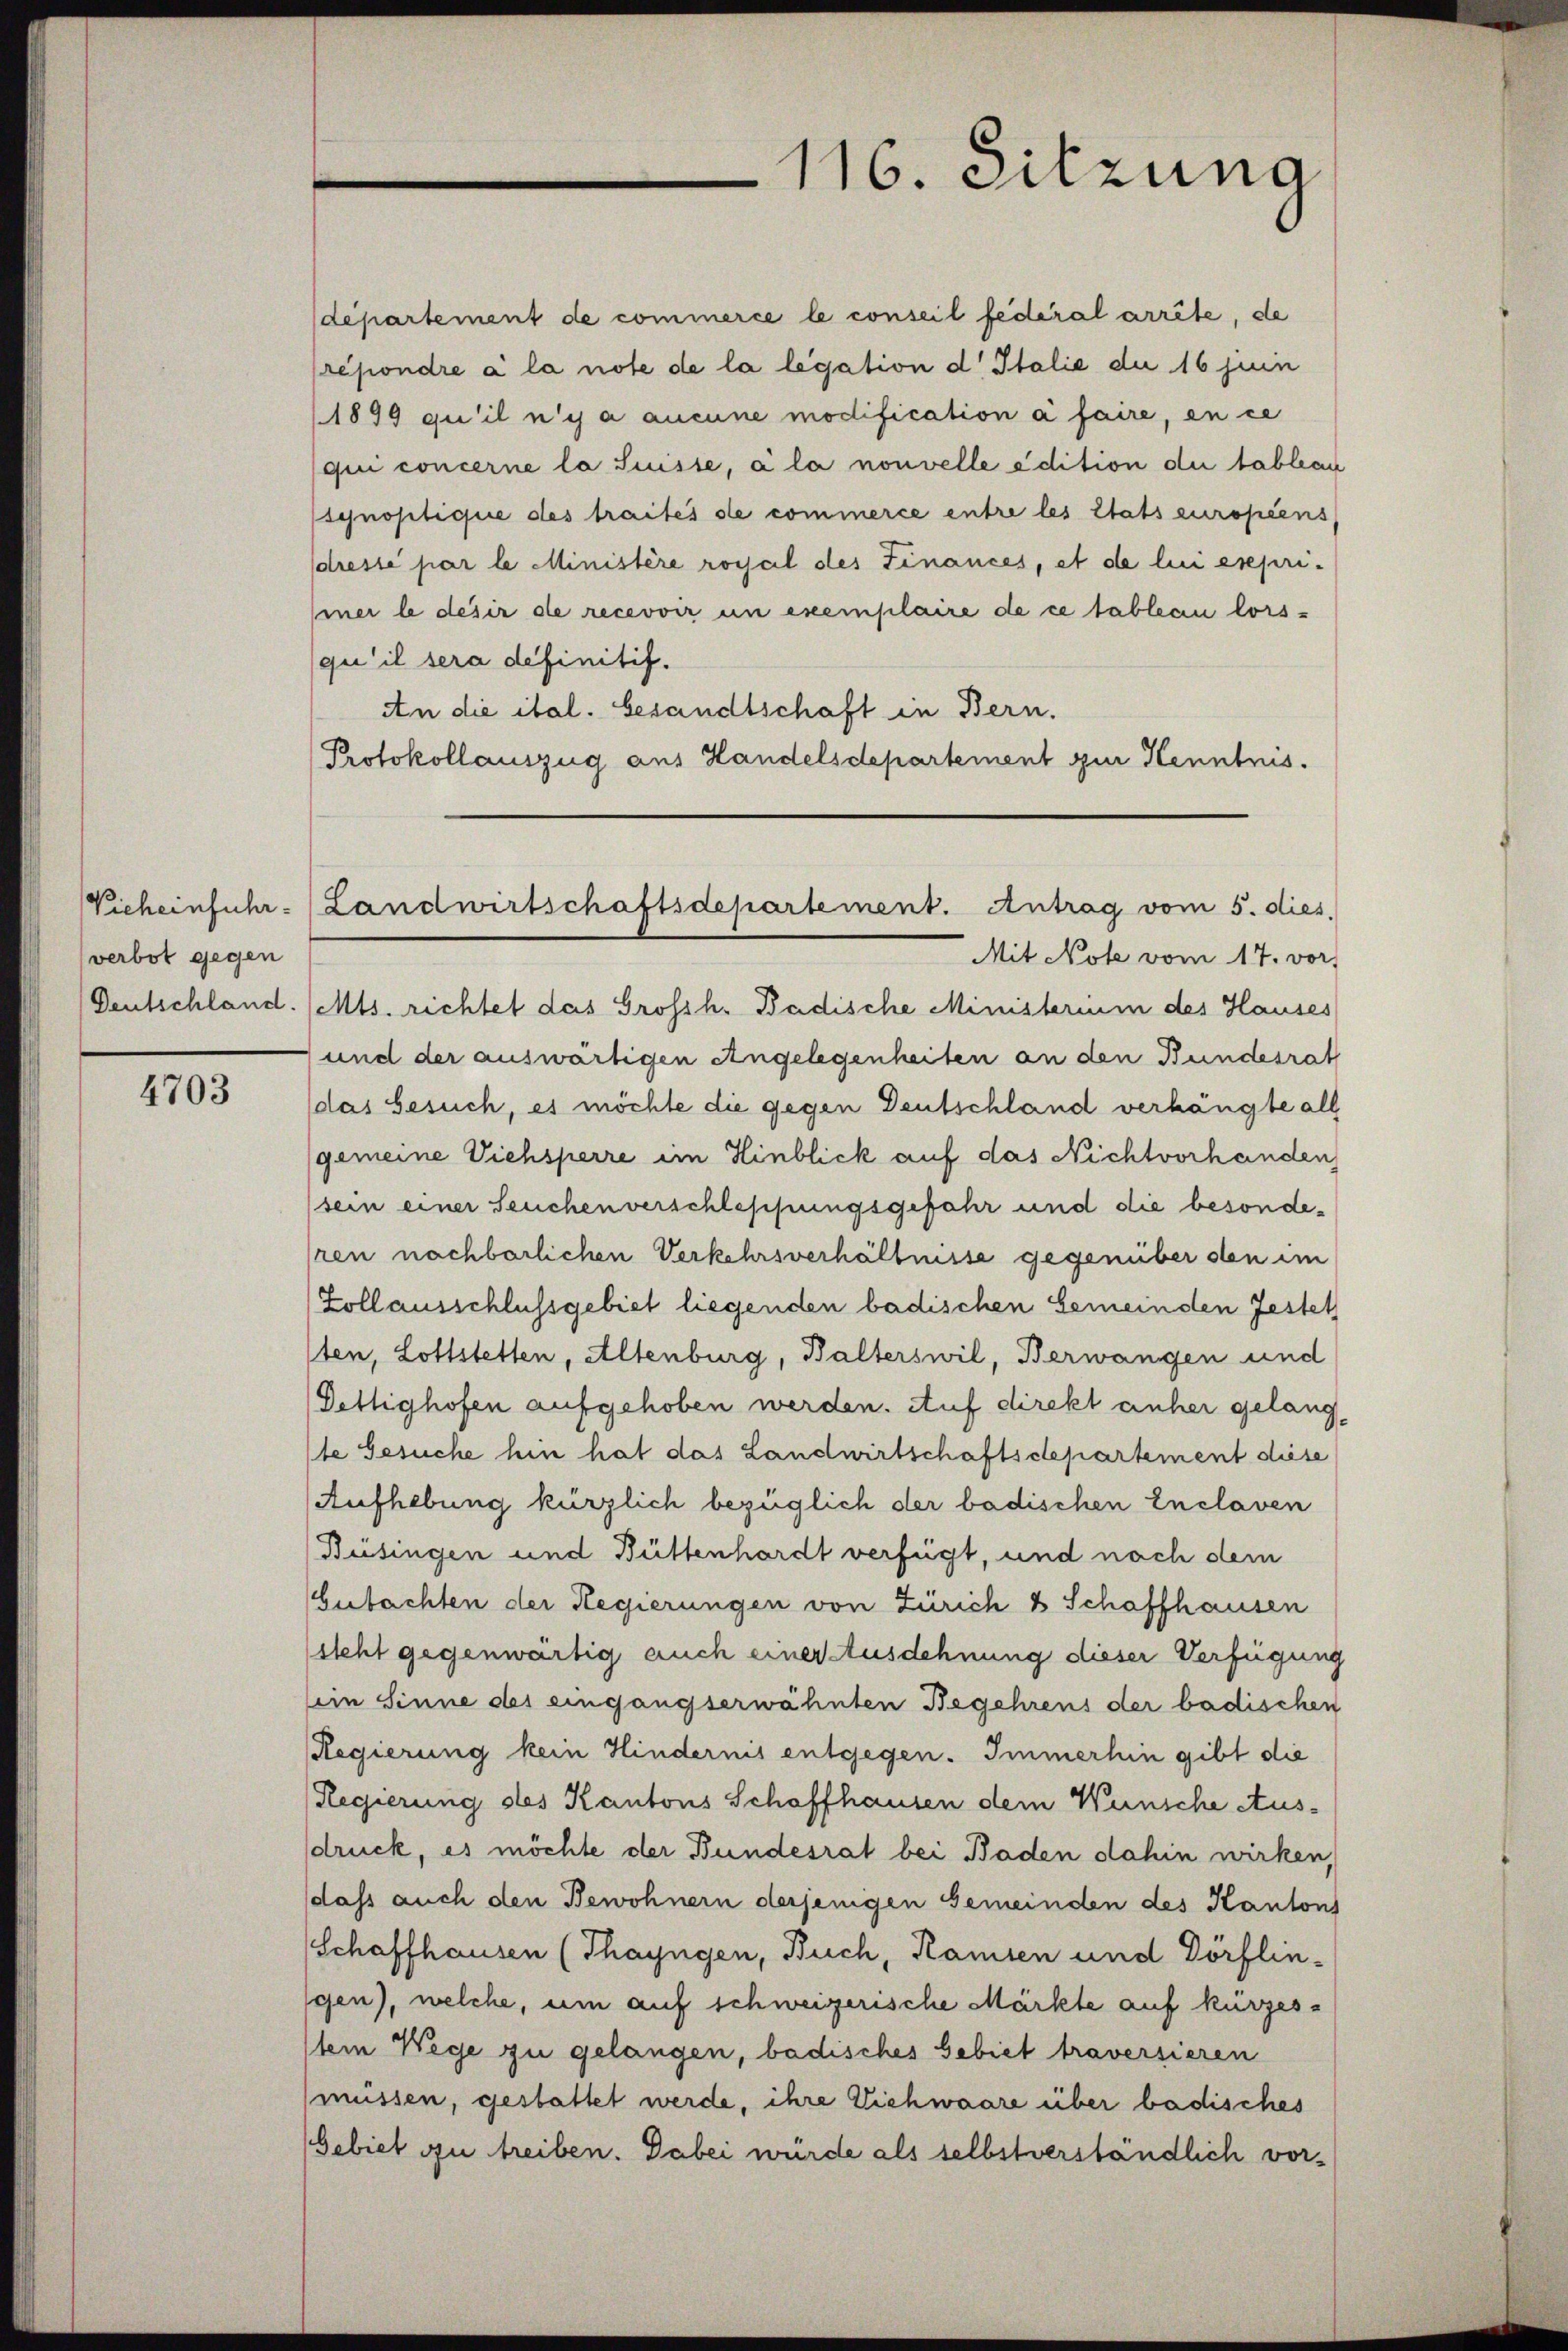
Vicheinfuhr.
verbot gegen
Deutschland.

4703

departement de commerce le conseil fédéral arrête, de
répondre à la note de la legation d Italie du 16 juin
(1899 qu’il n’y a aucune modification à faire, en ce
qui concerne la Suisse, a la nouvelle edition die tableau
synopliquie des traites de commerce entre les Etats europiens,
sdressé par le Ministère royal des Finances, et de lui esepri-
mner le desir de recevoir un exemplaire de ce tableau lorsqu’il sera definitif.
An die ital. besandtschaft in Bern.
Protokollauszug aus Handelsdepartement zur Kenntnis.
Mit Note vom 17. vor
(Mts. richtet das Grossh. Badische Ministerium des Hauses
und der auswärtigen Angelegenheiten an den Bundesrat
(das besuch, es möchte die gegen Deutschland verhängte all
gemeine Viehsperre im Hinblick auf das Nichtvorhanden
(sein einer Seuchen verschleppungsgefahr und die besonderen nachbarlichen Verkehrsverhältnisse gegenüber den im
Zollausschlussgebiet liegenden badischen Gemeinden Jestet
sten, Lottstetten, Altenburg, Balterswil, Berwangen und
Dettighofen aufgehoben werden. Auf direkt anher gelang,
te Gesuche hin hat das Landwirtschaftsdepartement diese
Aufhebung kürzlich bezüglich der badischen Enclaven
Büsingen und Büttenhardt verfügt, und nach dem
Gutachten der Regierungen von Zürich 8 Schaffhausen
steht gegenwärtig auch einer Ausdehnung dieser Verfügung
bein Sinne des eingangserwähnten Begehrens der badischen
Regierung kein Hindernis entgegen. Immerhin gibt die
Regierung des Kantons Schaffhausen dem Wunsche Aussdruck, es möchte der Bundesrat bei Baden dahin wirken,
dass auch den Bewohnern derjenigen Gemeinden des Kantons
Schaffhausen (Thayngen, Buch, Kamien und Dörflin-
gen), welche, um auf schweizerische Märkte auf kürzes¬
(tein Wege zu gelangen, badisches Gebiet traversieren
müssen, gestattet werde, ihre Viehwaare über badisches
Gebiet zu treiben. Dabei wurde als selbstverständlich vor¬

116. Sitzung

Landwirtschaftsdepartement. Antrag vom 5. dies